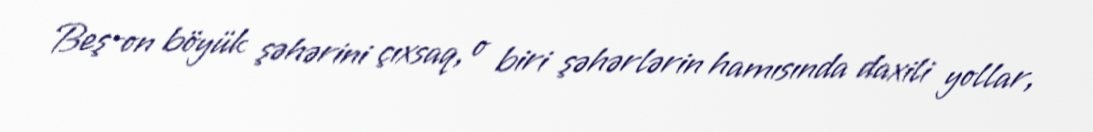
Beş-on böyük şəhərini çıxsaq, o biri şəhərlərin hamısında daxili yollar,